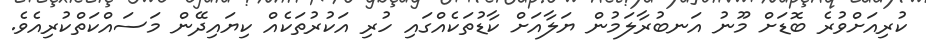
ކުރިއަށްވުރެ ބޮޑަށް މޫނު އަނބުރާލަމުން ޔަލާއަށް ކާޑުތަކެއްގައި ހުރި އަކުރުތަކެއް ކިޔައިދޭން މަސައްކަތްކުރިއެވެ.